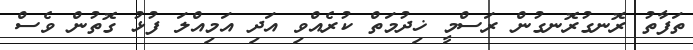
ތަފާތު ރޮނގުރޮނގުން ރަސްމީ ޚިދުމަތް ކުރެއްވި އަދި އަމިއްލަ ފުޅު ގޮތުން ވެސް